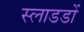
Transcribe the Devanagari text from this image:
स्लाडडों